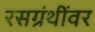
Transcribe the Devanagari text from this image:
रसग्रंथींवर